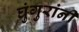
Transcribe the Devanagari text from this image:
घुंगुरांनी